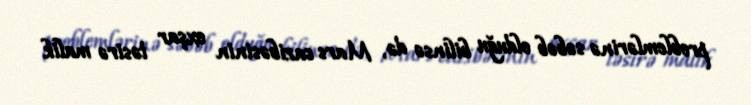
problemlərinə səbəb olduğu bilinsə də, Mars cazibəsinin oxşar təsirə malik